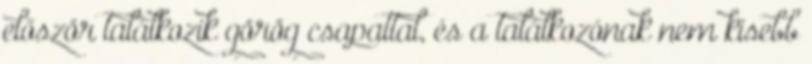
először találkozik görög csapattal, és a találkozónak nem kisebb